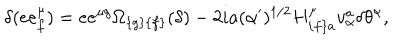
LaTeX: \delta ( e e _ { { f } } ^ { \mu } ) = e e ^ { \mu { g } } \Omega _ { { \{ g \} \{ f \} } } ( \delta ) - 2 i a ( \alpha ^ { \prime } ) ^ { { 1 / 2 } } H _ { { \{ f \} a } } ^ { \mu } v _ { \alpha } ^ { { a } } \delta \theta ^ { \alpha } ,